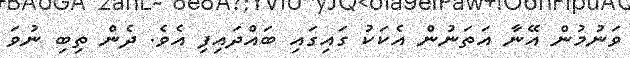
ވަނުމުން އޭނާ އަތަނުން އެކަކު ގައިގައި ބައްދައިފި އެވެ. ދެން ތިބި ނުވަ